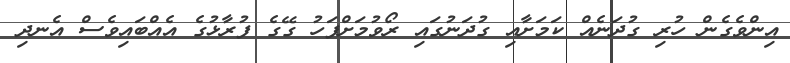
އިންވެގެން ހުރި ގުދަނެއް ކަމަށާއި ގުދަނުގައި ރޯވުމަށްފަހު ގޭގެ ފުރާޅުގެ އެއްބައިވެސް އެނދި